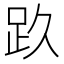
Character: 𰸃